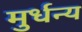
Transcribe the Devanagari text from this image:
मुर्धन्य